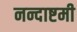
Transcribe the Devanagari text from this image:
नन्दाष्टमी